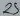
Text: 25